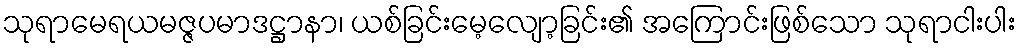
သုရာမေရယမဇ္ဇပမာဒဋ္ဌာနာ၊ ယစ်ခြင်းမေ့လျော့ခြင်း၏ အကြောင်းဖြစ်သော သုရာငါးပါး